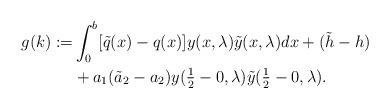
LaTeX: \begin{align*}g(k):=&\int_0^b[\tilde{q}(x)-q(x)]y(x,\lambda)\tilde{y}(x,\lambda)dx+(\tilde{h}-h)\\&+a_1(\tilde{a}_2-a_2)y(\textstyle{\frac{1}{2}-0},\lambda)\tilde{y}(\textstyle{\frac{1}{2}-0},\lambda).\end{align*}